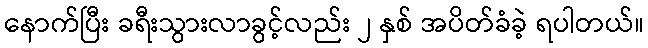
နောက်ပြီး ခရီးသွားလာခွင့်လည်း ၂ နှစ် အပိတ်ခံခဲ့ ရပါတယ်။